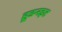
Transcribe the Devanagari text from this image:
हूडनइट